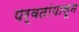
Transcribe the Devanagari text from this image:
पर्वतांपासून